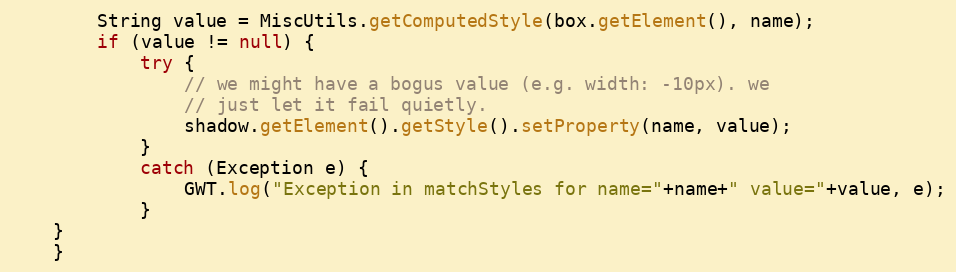
Language: Java
        String value = MiscUtils.getComputedStyle(box.getElement(), name);
        if (value != null) {
            try {
                // we might have a bogus value (e.g. width: -10px). we
                // just let it fail quietly.
                shadow.getElement().getStyle().setProperty(name, value);
            }
            catch (Exception e) {
                GWT.log("Exception in matchStyles for name="+name+" value="+value, e);
            }
	}
    }